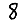
Digit: 8